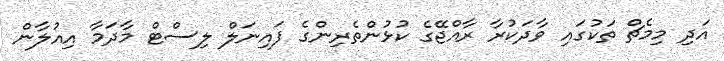
އަދި މިމެޗް ތަކުގައި ވާދަކުރާ ރާއްޖޭގެ ކުޅުންތެރިންގެ ފައިނަލް ލިސްޓް މާދަމާ އިއުލާން